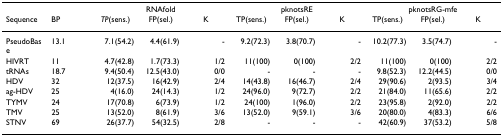
<table><thead><tr><td></td><td></td><td colspan="3"><b>RNAfold</b></td><td colspan="3"><b>pknotsRE</b></td><td colspan="3"><b>pknotsRG-mfe</b></td></tr><tr><td><b>Sequence</b></td><td><b>BP</b></td><td><b><i>TP</i>(sens.)</b></td><td><b>FP(sel.)</b></td><td><b>K</b></td><td><b>TP(sens.)</b></td><td><b>FP(sel.)</b></td><td><b>K</b></td><td><b>TP(sens.)</b></td><td><b>FP(sel.)</b></td><td><b>K</b></td></tr></thead><tbody><tr><td>PseudoBase</td><td>13.1</td><td>7.1(54.2)</td><td>4.4(61.9)</td><td>-</td><td>9.2(72.3)</td><td>3.8(70.7)</td><td>-</td><td>10.2(77.3)</td><td>3.5(74.7)</td><td>-</td></tr><tr><td>HIVRT</td><td>11</td><td>4.7(42.8)</td><td>1.7(73.3)</td><td>1/2</td><td>11(100)</td><td>0(100)</td><td>2/2</td><td>11(100)</td><td>0(100)</td><td>2/2</td></tr><tr><td>tRNAs</td><td>18.7</td><td>9.4(50.4)</td><td>12.5(43.0)</td><td>0/0</td><td>-</td><td>-</td><td>-</td><td>9.8(52.3)</td><td>12.2(44.5)</td><td>0/0</td></tr><tr><td>HDV</td><td>32</td><td>12(37.5)</td><td>16(42.9)</td><td>2/4</td><td>14(43.8)</td><td>16(46.7)</td><td>2/4</td><td>29(90.6)</td><td>2(93.5)</td><td>3/4</td></tr><tr><td>ag-HDV</td><td>25</td><td>4(16.0)</td><td>24(14.3)</td><td>1/2</td><td>24(96.0)</td><td>9(72.7)</td><td>2/2</td><td>21(84.0)</td><td>11(65.6)</td><td>2/2</td></tr><tr><td>TYMV</td><td>24</td><td>17(70.8)</td><td>6(73.9)</td><td>1/2</td><td>24(100)</td><td>1(96.0)</td><td>2/2</td><td>23(95.8)</td><td>2(92.0)</td><td>2/2</td></tr><tr><td>TMV</td><td>25</td><td>13(52.0)</td><td>8(61.9)</td><td>3/6</td><td>13(52.0)</td><td>9(59.1)</td><td>3/6</td><td>20(80.0)</td><td>4(83.3)</td><td>6/6</td></tr><tr><td>STNV</td><td>69</td><td>26(37.7)</td><td>54(32.5)</td><td>2/8</td><td>-</td><td>-</td><td>-</td><td>42(60.9)</td><td>37(53.2)</td><td>5/8</td></tr></tbody></table>